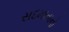
સદમાતાનો